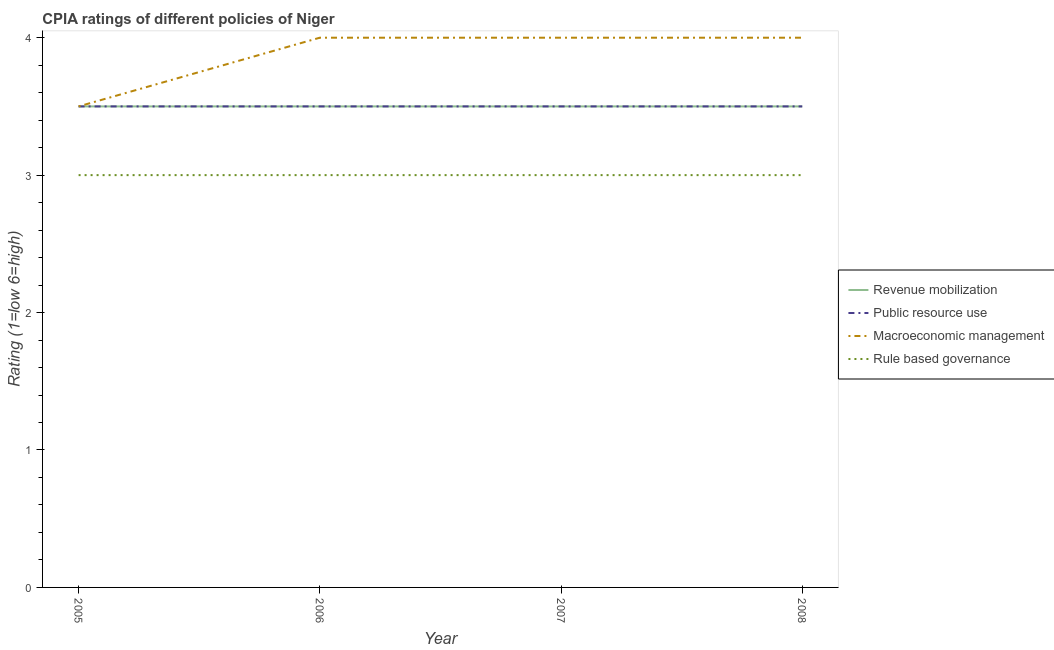
| Year | Revenue mobilization | Public resource use | Macroeconomic management | Rule based governance |
 | --- | --- | --- | --- | --- |
 | 2005 | 3.5 | 3.5 | 3.5 | 3 |
 | 2006 | 3.5 | 3.5 | 4 | 3 |
 | 2007 | 3.5 | 3.5 | 4 | 3 |
 | 2008 | 3.5 | 3.5 | 4 | 3 |